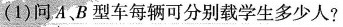
(I)问A、B型车每辆可分别载学生多少人?